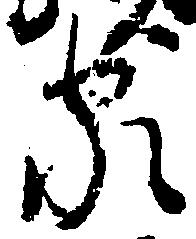
家